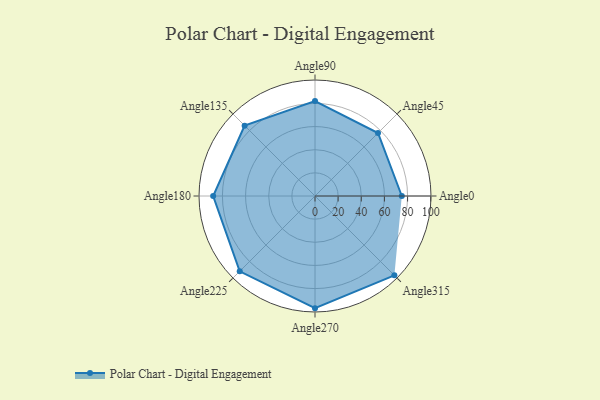
{"axis": {"x": "Angle", "y": "Radius"}, "legend": [""], "data": [{"x": "Angle0", "y": 75.0, "type": ""}, {"x": "Angle45", "y": 77.0, "type": ""}, {"x": "Angle90", "y": 82.0, "type": ""}, {"x": "Angle135", "y": 86.0, "type": ""}, {"x": "Angle180", "y": 88.0, "type": ""}, {"x": "Angle225", "y": 92.0, "type": ""}, {"x": "Angle270", "y": 97.0, "type": ""}, {"x": "Angle315", "y": 97.0, "type": ""}]}